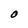
Character: O